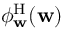
\phi _ { \mathbf { w } } ^ { \mathrm { H } } ( \mathbf { w } )